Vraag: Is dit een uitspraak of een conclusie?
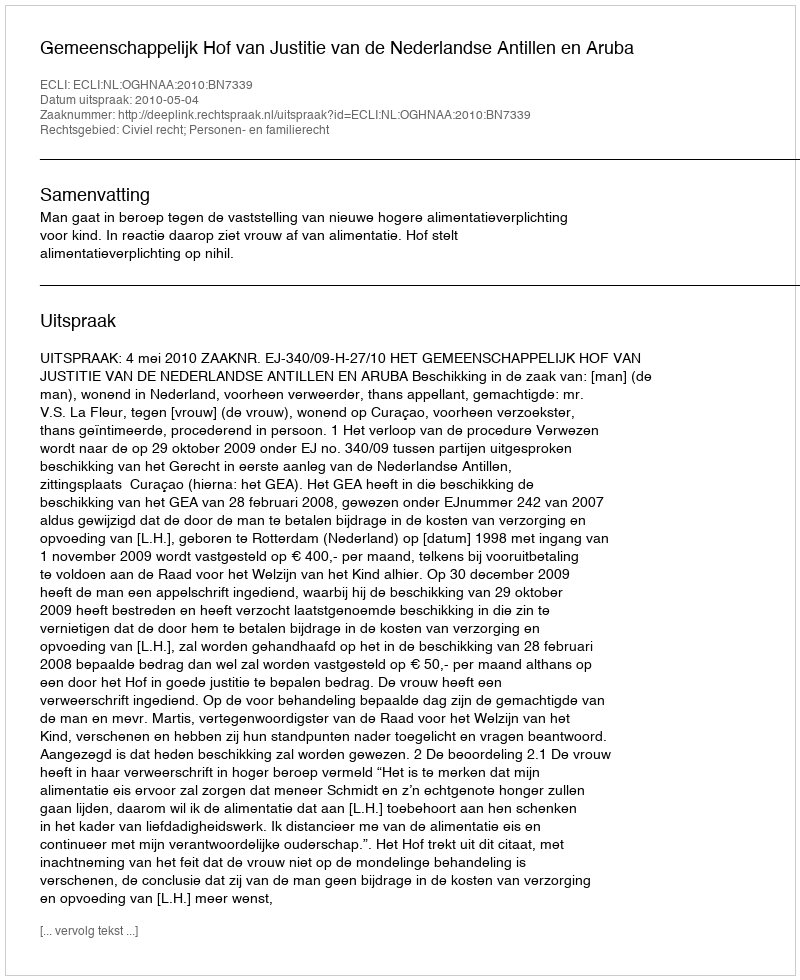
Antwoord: Uitspraak